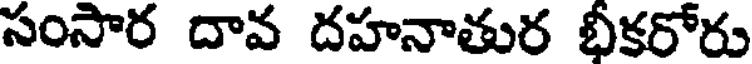
సంసార దావ దహనాతుర భీకరోరు